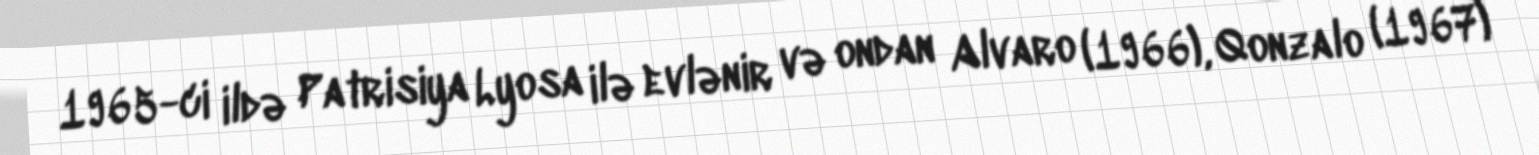
1965-ci ildə Patrisiya Lyosa ilə evlənir və ondan Alvaro (1966), Qonzalo (1967)